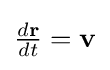
\textstyle {\frac {d\mathbf {r} }{dt}}=\mathbf {v}